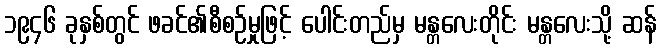
၁၉၄၆ ခုနှစ်တွင် ဖခင်၏စီစဉ်မှုဖြင့် ပေါင်းတည်မှ မန္တလေးတိုင်း မန္တလေးသို့ ဆန်